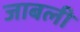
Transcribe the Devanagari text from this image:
जाबली